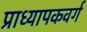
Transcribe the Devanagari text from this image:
प्राध्यापकवर्ग